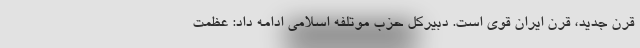
قرن جدید، قرن ایران قوی است. دبیرکل حزب موتلفه اسلامی ادامه داد: عظمت